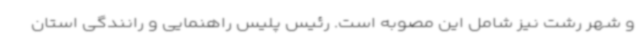
و شهر رشت نیز شامل این مصوبه است. رئیس پلیس راهنمایی و رانندگی استان